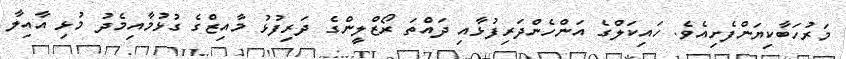
މަރުހަބާކިޔަންފެށިއެވެ. ހައިކަލްގެ އަންހެންދަރިފުޅާއި ދައްތަ ރޯޒްލީންގެ ދަރިފުޅު މާއިޒްގެ ގުޅުމާއިމެދު މުޅި އާއިލާ